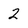
Character: 2